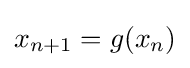
x_{n+1}=g(x_{n})